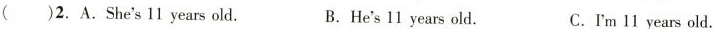
( )2.A.She's' 11 years old. B.He's 11 years old. C.I'm 11 years old.